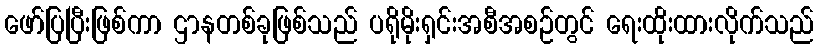
ဖော်ပြပြီးဖြစ်ကာ ဌာနတစ်ခုဖြစ်သည် ပရိုမိုးရှင်းအစီအစဉ်တွင် ရေးထိုးထားလိုက်သည်